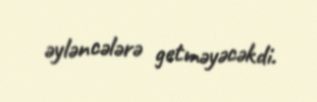
əyləncələrə getməyəcəkdi.